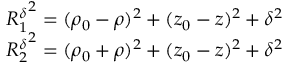
\begin{array} { r } { { R _ { 1 } ^ { \delta } } ^ { 2 } = ( \rho _ { 0 } - \rho ) ^ { 2 } + ( z _ { 0 } - z ) ^ { 2 } + \delta ^ { 2 } } \\ { { R _ { 2 } ^ { \delta } } ^ { 2 } = ( \rho _ { 0 } + \rho ) ^ { 2 } + ( z _ { 0 } - z ) ^ { 2 } + \delta ^ { 2 } } \end{array}